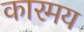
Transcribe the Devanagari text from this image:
कारमय